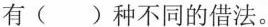
有( )种不同的借法。